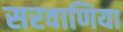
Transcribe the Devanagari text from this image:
सरवाणिया